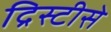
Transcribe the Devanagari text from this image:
द्रिस्टीसे